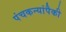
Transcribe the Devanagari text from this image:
पंचकन्यांपैकी